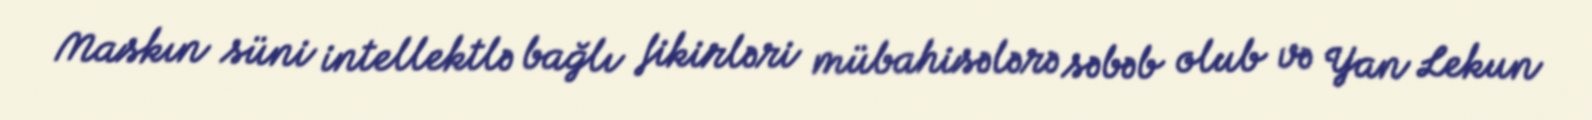
Maskın süni intellektlə bağlı fikirləri mübahisələrə səbəb olub və Yan Lekun